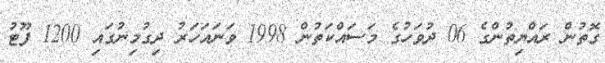
ގޮތުން ރައްޔިތުންގެ 06 ދުވަހުގެ މަސައްކަތުން 1998 ވަނައަހަރު ދިގުމިނުގައި 1200 ފޫޓު